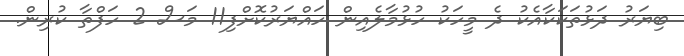
ބިޔަރު ދަޅުތަކަކާއެކު ދެ މީހަކު ހުޅުމާލެއިން ހައްޔަރުކޮށްފި11 މަސް 2 ހަފްތާ ކުރިން.